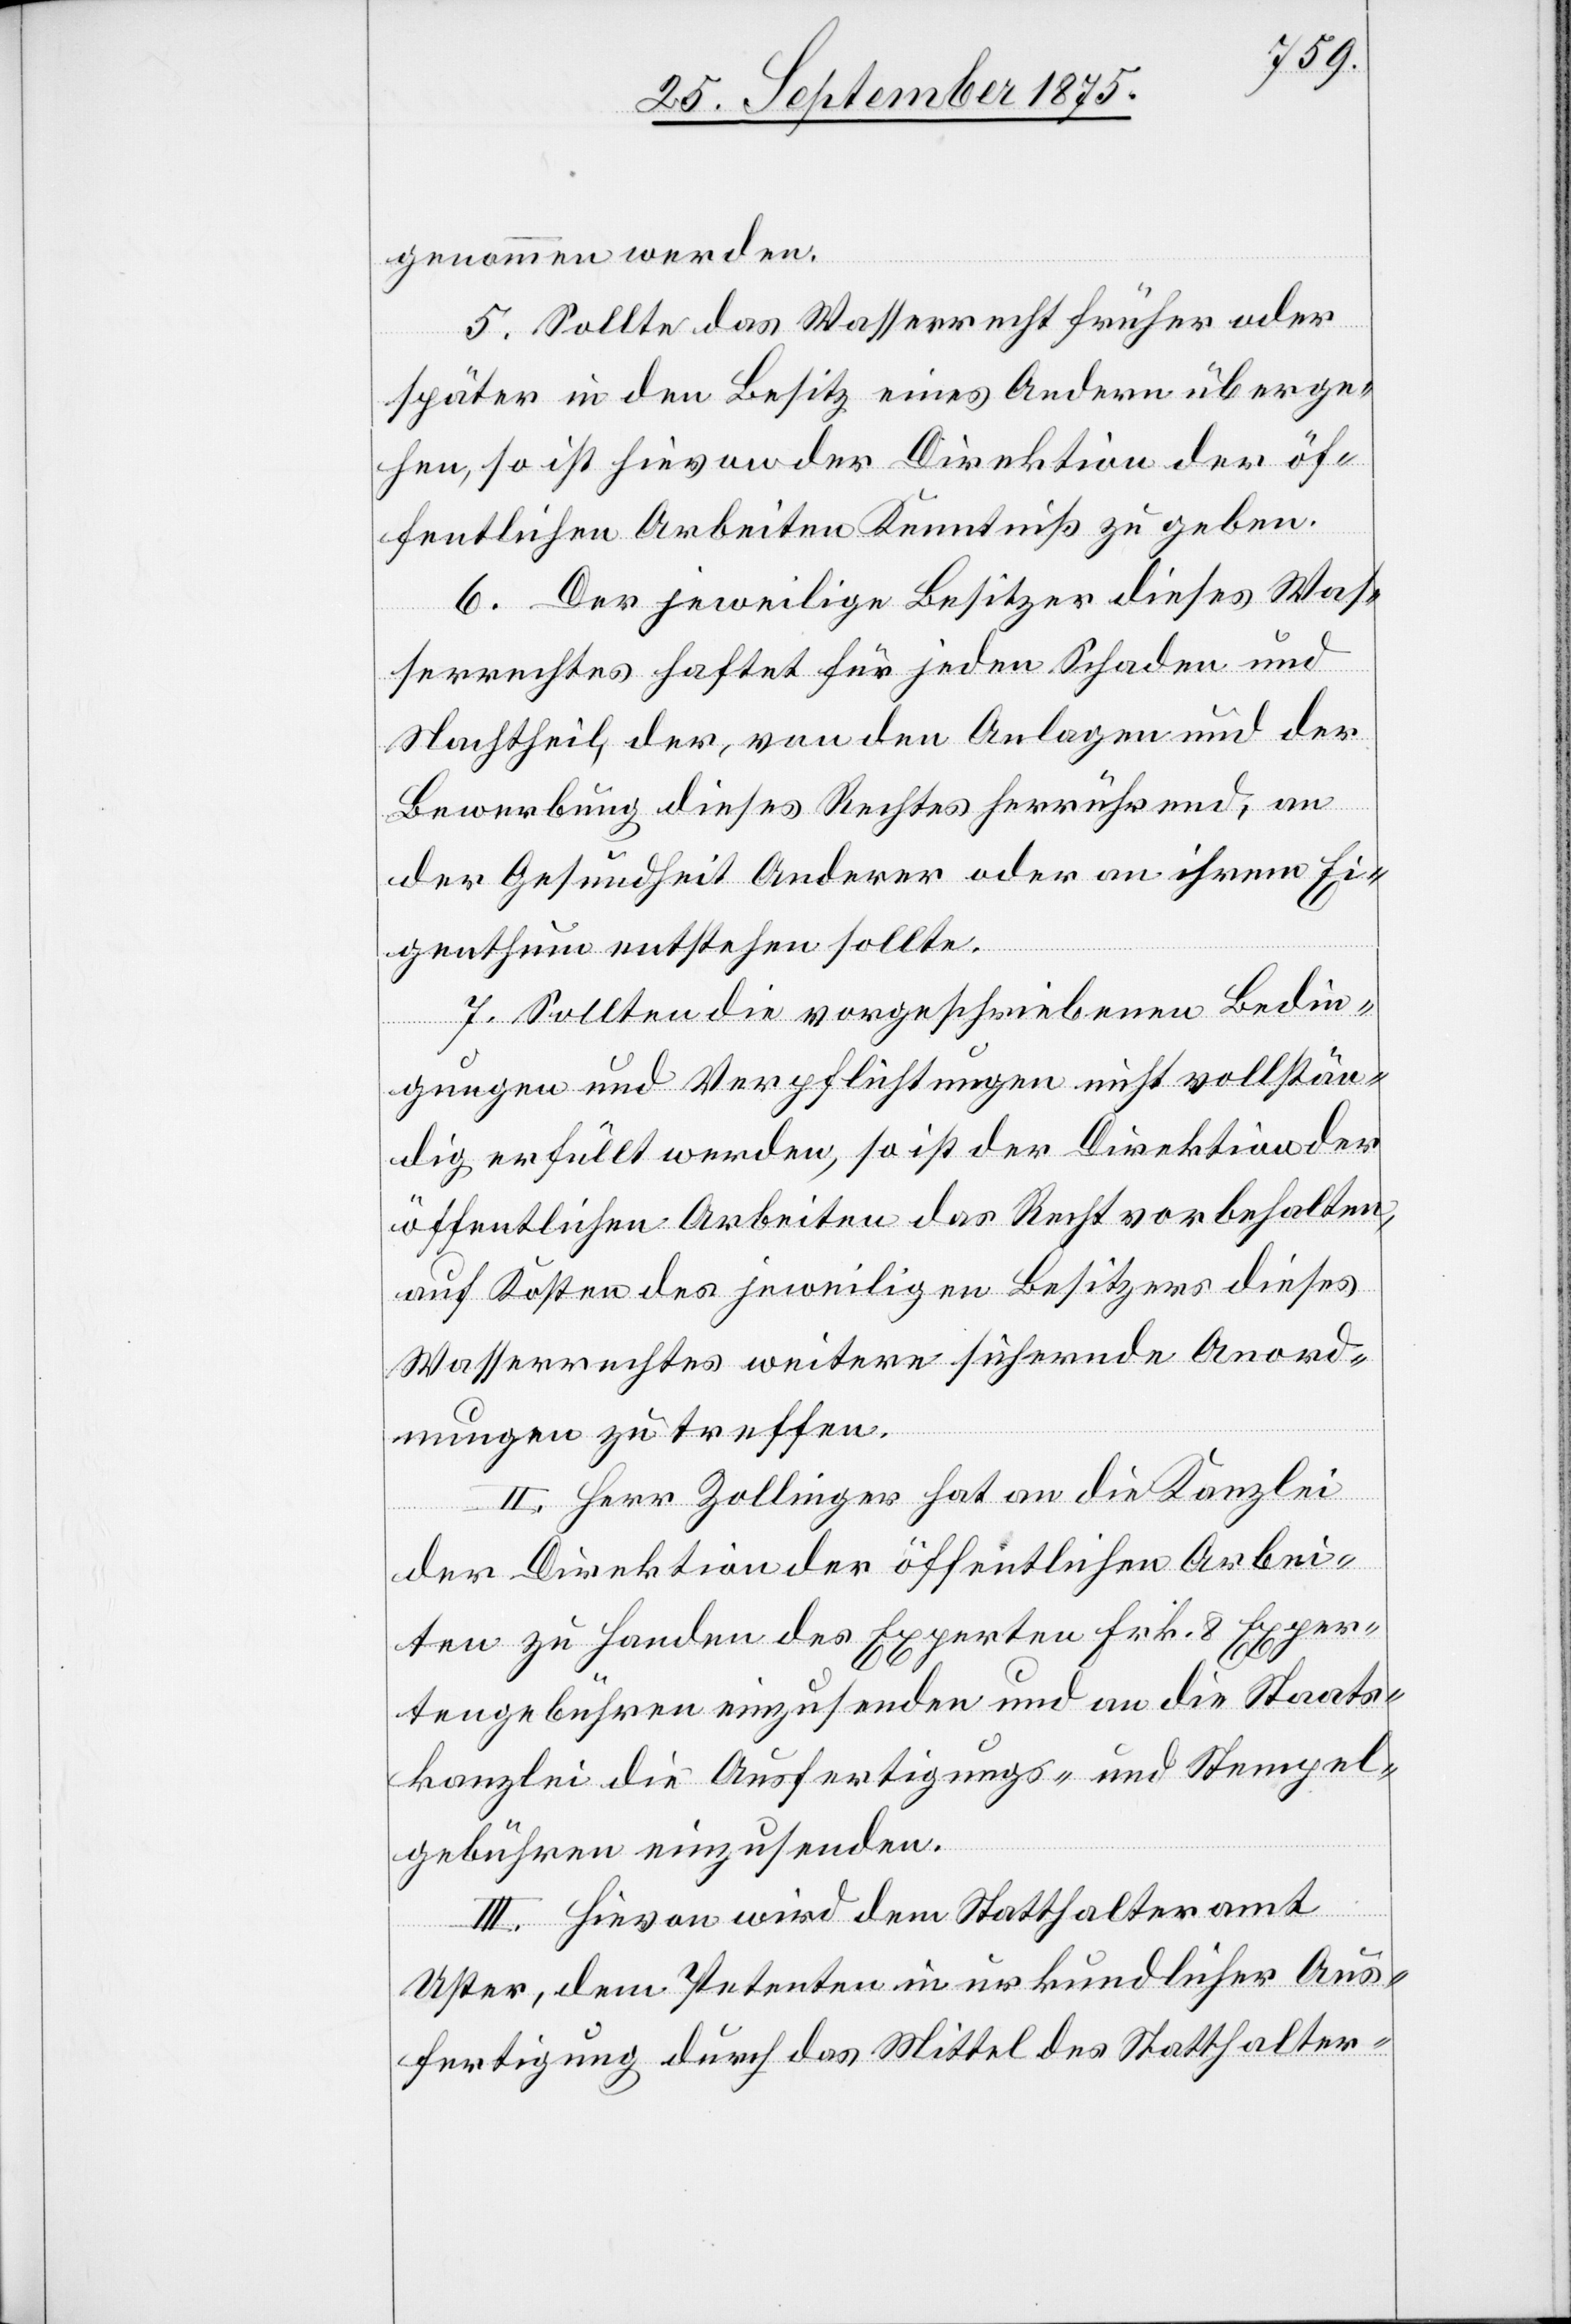
genommen werden.
5. Sollte das Wasserrecht früher oder
später in den Besitz eines Andern überge¬
hen, so ist hievon der Direktion der öf¬
fentlichen Arbeiten Kenntniß zu geben.
6. Der jeweilige Besitzer dieses Was¬
serrechtes haftet für jeden Schaden und
Nachtheil, der, von den Anlagen und der
Bewerbung dieses Rechtes herrührend, an
der Gesundheit Anderer oder an ihrem Ei¬
genthum entstehen sollte.
7. Sollten die vorgeschriebenen Bedin¬
gungen und Verpflichtungen nicht vollstän¬
dig erfüllt werden, so ist der Direktion der
öffentlichen Arbeiten das Recht vorbehalten,
auf Kosten des jeweiligen Besitzers dieses
Wasserrechtes weitere sichernde Anord¬
nungen zu treffen.
II. Herr Zollinger hat an die Kanzlei
der Direktion der öffentlichen Arbei¬
ten zu Handen des Experten Frk. 8 Exper¬
tengebühren einzusenden und an die Staats¬
kanzlei die Ausfertigungs- und Stempel¬
gebühren einzusenden.
III. Hievon wird dem Statthalteramt
Uster, dem Petenten in urkundlicher Aus¬
fertigung durch das Mittel des Statthalter-